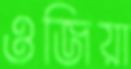
ওজিয়া